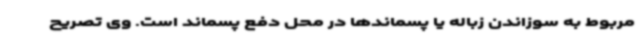
مربوط به سوزاندن زباله یا پسماندها در محل دفع پسماند است. وی تصریح